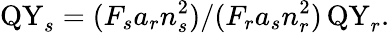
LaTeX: \mathrm{QY}_{s}=(F_{s}a_{r}n_{s}^{2})/(F_{r}a_{s}n_{r}^{2})\, \mathrm{QY}_{r}.